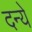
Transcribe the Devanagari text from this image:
दन्ये